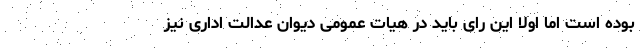
بوده است اما اولا این رای باید در هیات عمومی دیوان عدالت اداری نیز